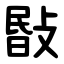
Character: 敯